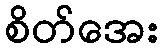
စိတ်အေး